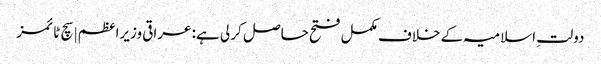
دولتِ اسلامیہ کے خلاف مکمل فتح حاصل کر لی ہے: عراقی وزیراعظم | سچ ٹائمز